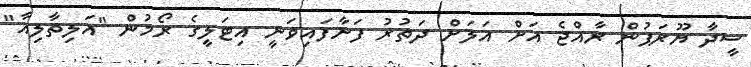
ސީދާ ޔޫރަޕުން ރާއްޖެ އަށް އަލަށް ދަތުރު ފަށާފައިވަނީ އިޓަލީގެ ރޯމުން "އަލިތާލިއާ"